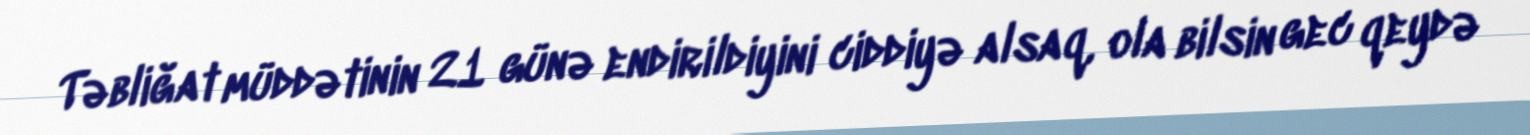
Təbliğat müddətinin 21 günə endirildiyini ciddiyə alsaq, ola bilsin gec qeydə